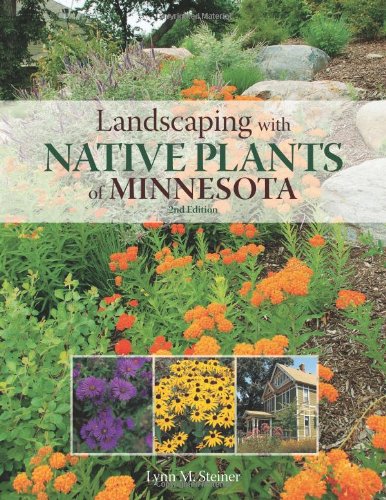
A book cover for Landscaping with Native Plants of Minnesota - 2nd Edition; Lynn M. Steiner; Crafts, Hobbies & Home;